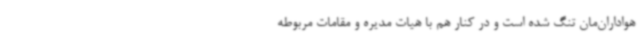
هواداران‌مان تنگ شده است و در کنار هم با هیات مدیره و مقامات مربوطه